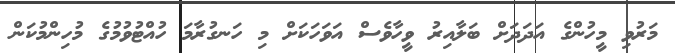
މަރުވި މީހުންގެ އަދަދަށް ބަލާއިރު ވީހާވެސް އަވަހަކަށް މި ހަނގުރާމަ ހުއްޓުވުމުގެ މުހިންމުކަން